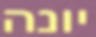
יונה